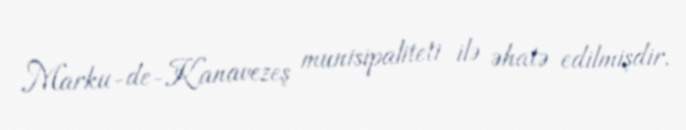
Marku-de-Kanavezeş munisipaliteti ilə əhatə edilmişdir.